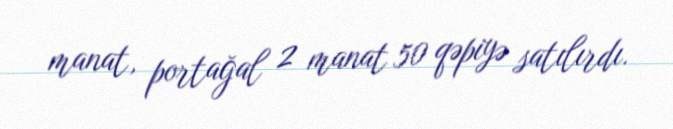
manat, portağal 2 manat 50 qəpiyə satılırdı.